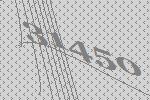
31450